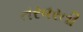
તરવરતી